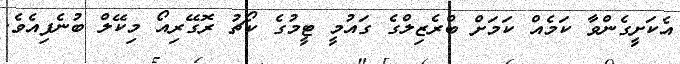
އެކަށީގެންވާ ކަމެއް ކަމަށް ބްރެޒިލްގެ ގައުމީ ޓީމުގެ ކޯޗު ރޮގޭރިއޯ މިކޭލް ބުނެފިއެވެ.